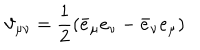
LaTeX: \vartheta _ { \mu \nu } = \frac { 1 } { 2 } \left( \bar { e } _ { \mu } e _ { \nu } - \bar { e } _ { \nu } e _ { \mu } \right)